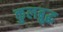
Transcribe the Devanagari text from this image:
कुलब्रुद्ध